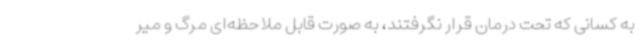
به کسانی که تحت درمان قرار نگرفتند، به صورت قابل ملاحظه‌ای مرگ و میر